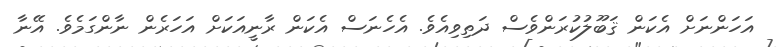
އަހަންނަށް އެކަން ޤަބޫލުކުރަންވެސް ދަތިވިއެވެ. އެހެނަސް އެކަން ރާނީއަކަށް އަހަރެން ނާންގަމެވެ. އޭނާ